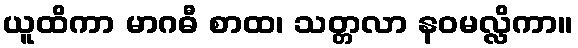
ယူထိကာ မာဂဓီ စာထ၊ သတ္တလာ နဝမလ္လိကာ။